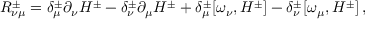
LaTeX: R _ { \nu \mu } ^ { \pm } = \delta _ { \mu } ^ { \pm } \partial _ { \nu } H ^ { \pm } - \delta _ { \nu } ^ { \pm } \partial _ { \mu } H ^ { \pm } + \delta _ { \mu } ^ { \pm } [ \omega _ { \nu } , H ^ { \pm } ] - \delta _ { \nu } ^ { \pm } [ \omega _ { \mu } , H ^ { \pm } ] \, ,